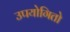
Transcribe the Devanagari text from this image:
उपयोगितो